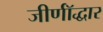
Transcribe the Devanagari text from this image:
जीर्णॉद्धार